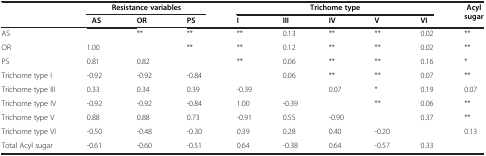
|  | <COLSPAN=3> Resistance variables | <COLSPAN=5> Trichome type | Acyl sugar |
 |  | AS | OR | PS | I | III | IV | V | VI |  |
 | --- | --- | --- | --- | --- | --- | --- | --- | --- | --- |
 | AS |  | ** | ** | ** | 0.13 | ** | ** | 0.02 | ** |
 | OR | 1.00 |  | ** | ** | 0.12 | ** | ** | 0.02 | ** |
 | PS | 0.81 | 0.82 |  | ** | 0.06 | ** | ** | 0.16 | * |
 | Trichome type I | -0.92 | -0.92 | -0.84 |  | 0.06 | ** | ** | 0.07 | ** |
 | Trichome type III | 0.33 | 0.34 | 0.39 | -0.39 |  | 0.07 | * | 0.19 | 0.07 |
 | Trichome type IV | -0.92 | -0.92 | -0.84 | 1.00 | -0.39 |  | ** | 0.06 | ** |
 | Trichome type V | 0.88 | 0.88 | 0.73 | -0.91 | 0.55 | -0.90 |  | 0.37 | ** |
 | Trichome type VI | -0.50 | -0.48 | -0.30 | 0.39 | 0.28 | 0.40 | -0.20 |  | 0.13 |
 | Total Acyl sugar | -0.61 | -0.60 | -0.51 | 0.64 | -0.38 | 0.64 | -0.57 | 0.33 |  |